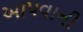
આ૫વાની